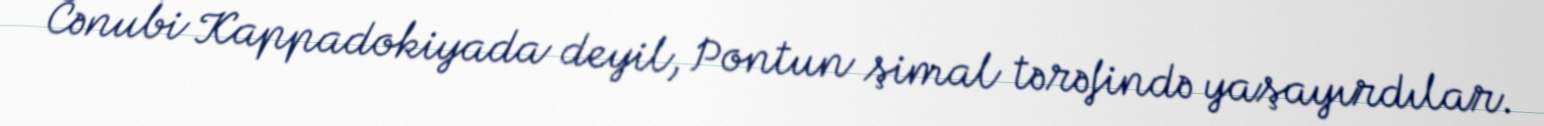
Cənubi Kappadokiyada deyil, Pontun şimal tərəfində yaşayırdılar.